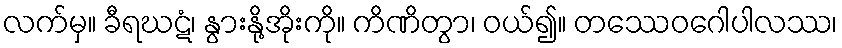
လက်မှ။ ခီရဃဋံ၊ နွားနို့အိုးကို။ ကိဏိတွာ၊ ဝယ်၍။ တဿေဝဂေါပါလဿ၊